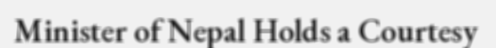
Minister of Nepal Holds a Courtesy